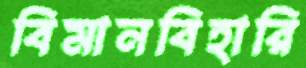
বিমানবিহারি